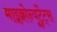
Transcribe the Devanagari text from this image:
माइक्रोन्यूट्रेंट्स